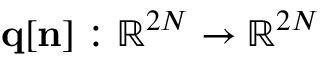
{ \bf q } [ { \bf n } ] : \mathbb { R } ^ { 2 N } \rightarrow \mathbb { R } ^ { 2 N }